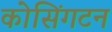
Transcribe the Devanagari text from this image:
कोसिंगटन